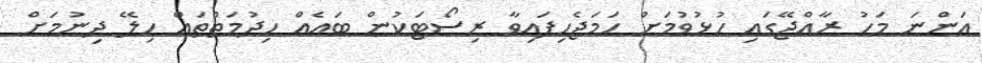
އަންނަ މަހު ރާއްޖޭގައި ހުޅުވުމަށް ހަމަޖެހިފައިވާ ރިސޯޓަކުން ބައެއް ހިދުމަތްތައް ހިލޭ ދިނުމަށް